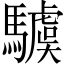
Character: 𩦢